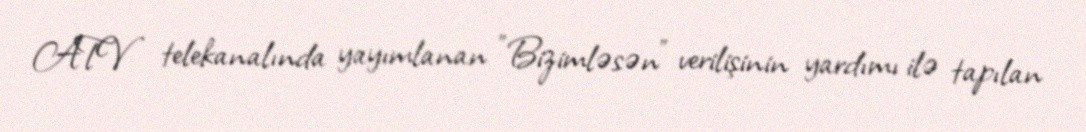
ATV telekanalında yayımlanan "Bizimləsən” verilişinin yardımı ilə tapılan